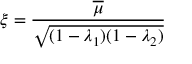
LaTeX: \xi = \frac { \overline { { { \mu } } } } { \sqrt { ( 1 - \lambda _ { 1 } ) ( 1 - \lambda _ { 2 } ) } }